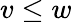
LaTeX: v\leq w